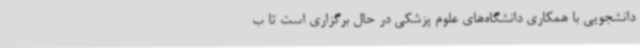
دانشجویی با همکاری دانشگاه‌های علوم پزشکی در حال برگزاری است تا ب